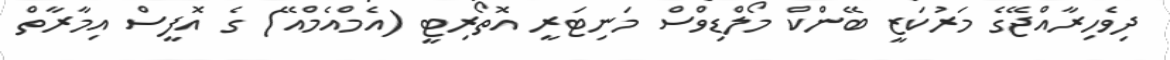
ދިވެހިރާއްޖޭގެ މަރުކަޒީ ބޭންކް މޯލްޑިވްސް މަނިޓަރީ އޮތޯރިޓީ (އެމްއެމްއޭ) ގެ އޮފީސް އިމާރާތް